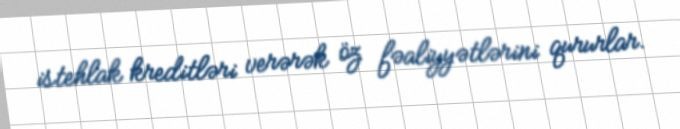
istehlak kreditləri verərək öz fəaliyyətlərini qururlar.